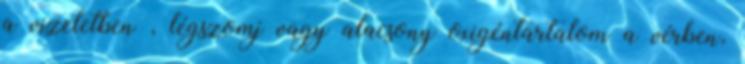
a vizeletben , légszomj vagy alacsony oxigéntartalom a vérben,